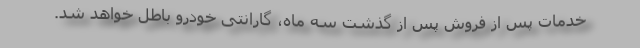
خدمات پس از فروش پس از گذشت سه ماه، گارانتی خودرو باطل خواهد شد.